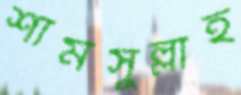
শামসুল্লাহ